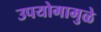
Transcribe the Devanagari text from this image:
उपयोगामुळे